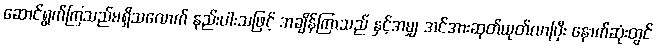
ဆောင်ရွက်ကြသည်မရှိသလောက် နည်းပါးသဖြင့် အချိန်ကြာသည် နှင့်အမျှ အင်အားဆုတ်ယုတ်လာပြီး နောက်ဆုံးတွင်